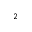
_ 2